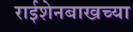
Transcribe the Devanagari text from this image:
राईशेनबाखच्या